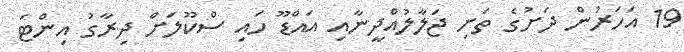
19 އަހަރުން ދަށުގެ ތަށި ޖަލާލުއްދީނާއި އައްޑޫ ހައި ސްކޫލަށް ދިރާގު އިންޓަ